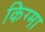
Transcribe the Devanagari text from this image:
किग्मा